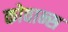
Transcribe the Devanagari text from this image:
कोवान्स